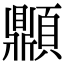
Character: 𩕢